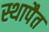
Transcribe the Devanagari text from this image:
स्थापैत